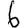
Digit: 6